Account of plague administration in the Bombay Presidency from September 1896 till May 1897
Year: 1896
Disease focus: Plague
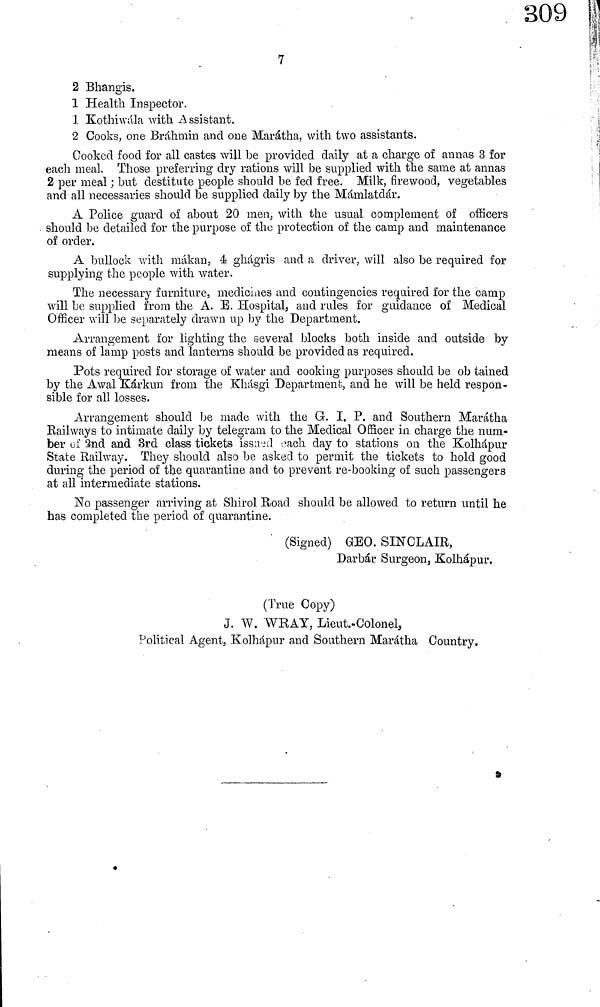
7
2 Bhangis.
1 Health Inspector.
1 Kothiwála with Assistant.
2 Cooks, one Brahmin and one Maràtha, with two assistants.
Cooked food for all castes will be provided daily at a charge of annas 3 for
each meal. Those preferring dry rations will be supplied with the same at annas
2 per meal ; but destitute people should be fed free. Milk, firewood, vegetables
and all necessaries should be supplied daily by the Milmlatdàr.
A Police guard of about 20 men, with the usual complement of officers
should be detailed for the purpose of the protection of the camp and maintenance
of order.
A bullock with mákan, 4 ghàgris and a driver, will also be required for
supplying the people with water.
The necessary furniture, medicines and contingencies required for the camp
will be supplied from the A. E. Hospital, and rules for guidance of Medical
Officer will be separately drawn up by the Department.
Arrangement for lighting the several blocks both inside and outside by
means of lamp posts and lanterns should be provided as required.
Pots required for storage of water and cooking purposes should be ob tained
by the Awal Kàrkun from the Khásgi Department, and he will be held respon-
sible for all losses.
Arrangement should be made with the G. I. P. and Southern Marátha
Railways to intimate daily by telegram to the Medical Officer in charge the num-
ber of 2nd and 3rd class tickets issued each day to stations on the Kolhàpur
State Railway. They should also be asked to permit the tickets to hold good
during the period of the quarantine and to prevent re-booking of such passengers
at all intermediate stations.
No passenger arriving at Shirol Road should be allowed to return until he
has completed the period of quarantine.
(Signed) GEO. SINCLAIR,
Darbàr Surgeon s Kolhàpur.
(True Copy)
J. W. WHAT, Lieut.-Colonel,
Political Agent, Kolhápur and Southern Marátha Country.